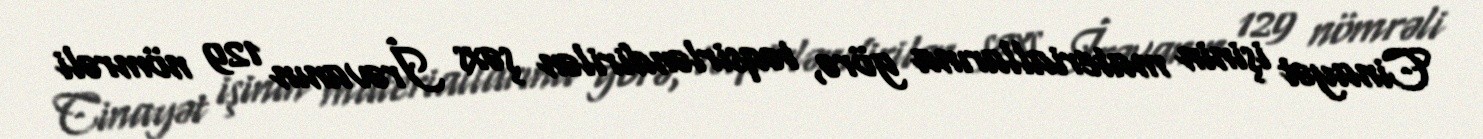
Cinayət işinin materiallarına görə, təqsirləndirilən şəxs İrəvanın 129 nömrəli